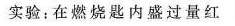
磷上 -水实验：在燃烧匙内盛过量红